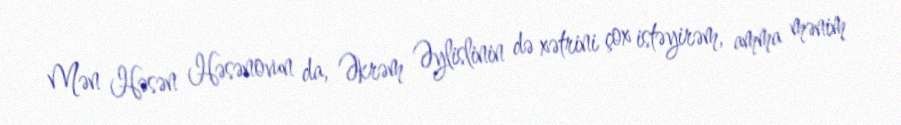
Mən Həsən Həsənovun da, Əkrəm Əylislinin də xətrini çox istəyirəm, amma mənim